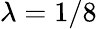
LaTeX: \lambda=1/8